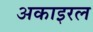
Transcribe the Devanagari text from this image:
अकाइरल